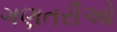
ગણતરીઓ